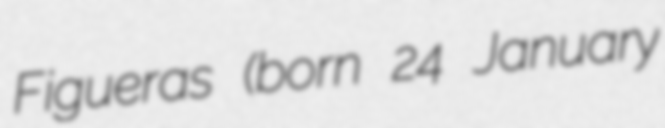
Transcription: Figueras (born 24 January